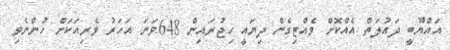
އައްޔޫބީ ދައުލަތް އެއްކޮށް ވެއްޓިގެން ދިޔައީ ހިޖުރައިން 648ވަނަ އަހަރު ވެރިއަކަށް ހުންނެވި